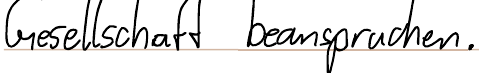
Gesellschaft beanspruchen.